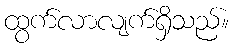
ထွက်လာလျက်ရှိသည်။